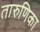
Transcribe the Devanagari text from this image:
तारुणिका